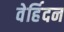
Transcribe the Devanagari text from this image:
वेर्हिदन